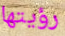
رؤيتها